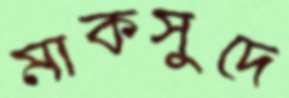
মাকসুদে